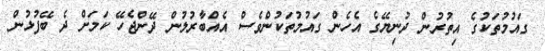
ގައުމުތަކުގެ އިތުރުން ދުނިޔޭގެ އެހެން ގައުމުތަކުންވެސް އެއްބާރުލުން ދޭންޖެހޭ ކަމަށް ދެ ބޭފުޅުން